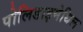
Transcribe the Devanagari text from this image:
पोलिडाइमेथिल